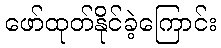
ဖော်ထုတ်နိုင်ခဲ့ကြောင်း